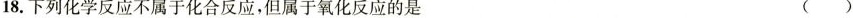
18.下列化学反应不属于化合反应，但属于氧化反应的是 ( )